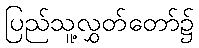
ပြည်သူ့လွှတ်တော်၌